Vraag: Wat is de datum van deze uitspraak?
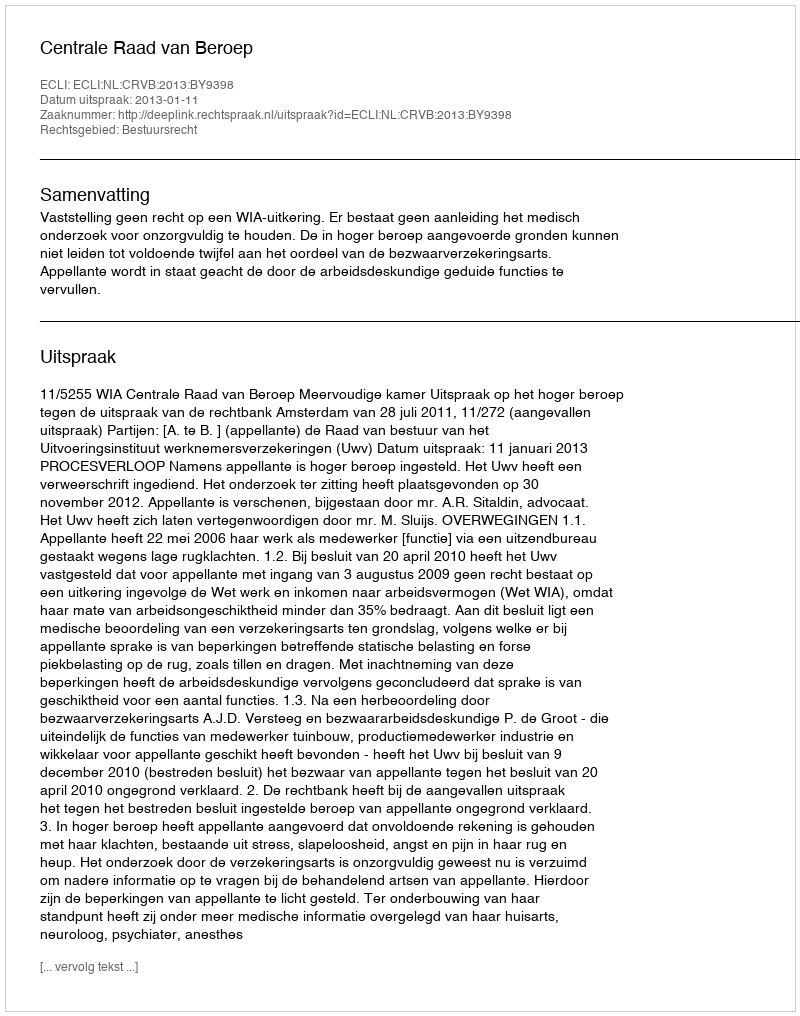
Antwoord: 2013-01-11